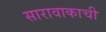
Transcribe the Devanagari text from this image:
सारावाकाची